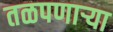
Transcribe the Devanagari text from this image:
तळपणार्‍या